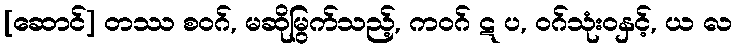
[ဆောင်] တဿ စဝဂ်, မဆိုမြွက်သည့်, ကဝဂ် ဋ ပ, ဝဂ်သုံးဝနှင့်, ယ လ